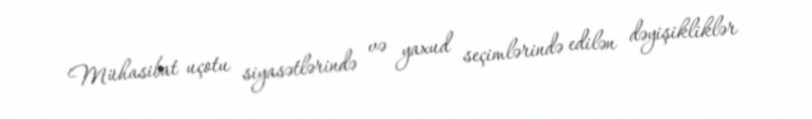
Mühasibat uçotu siyasətlərində və yaxud seçimlərində edilən dəyişikliklər